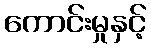
ကောင်းမှုနှင့်